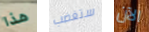
هذا ستغضب الآن